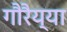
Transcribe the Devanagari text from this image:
गौरैय्या